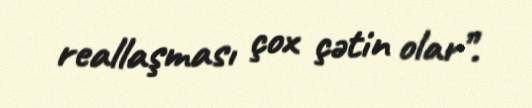
reallaşması çox çətin olar”.